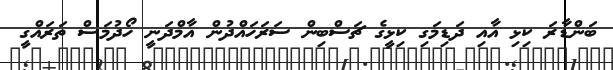
ބަންޑާރަ ކިޅި އާއި ދަޑިމަގި ކިޅީގެ ޗަސްބިން ސަރަހައްދުން އާމްދަނީ ހޯދުމަސް ތަރައްގީ